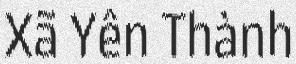
Xã Yên Thành